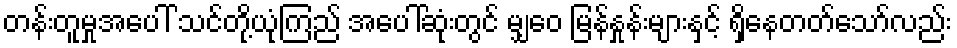
တန်းတူမှုအပေါ် သင်တို့ယုံကြည် အပေါ်ဆုံးတွင် မျှဝေ မြန်နှုန်းများနှင့် ရှိနေတတ်သော်လည်း